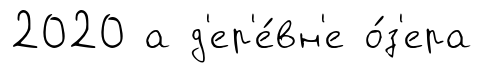
2020 а д'ер'е́вн'е о́з'ера